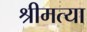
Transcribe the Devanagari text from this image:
श्रीमत्या